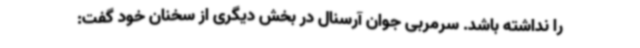
را نداشته باشد. سرمربی جوان آرسنال در بخش دیگری از سخنان خود گفت: